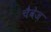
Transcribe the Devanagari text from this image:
चैवेज़